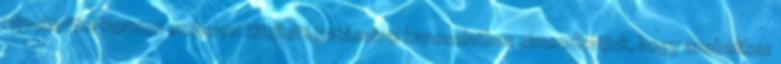
növekedési hormon emberen kifejtett hatásaival kapcsolatban elmondhatjuk, hogy anabolikus